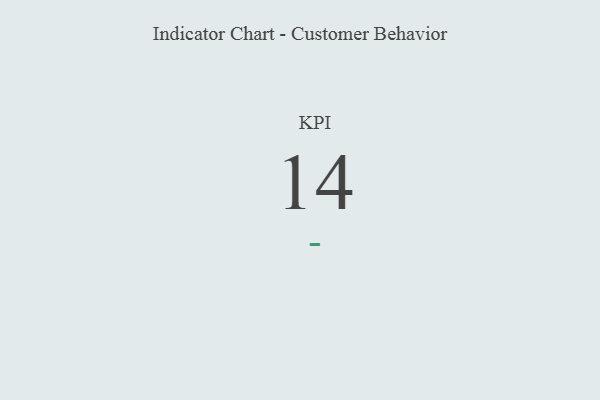
{"axis": {"x": "KPI", "y": "Value"}, "legend": [""], "data": [{"x": "KPI", "y": 14, "type": ""}]}